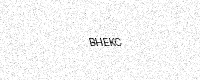
Text: BHEKC